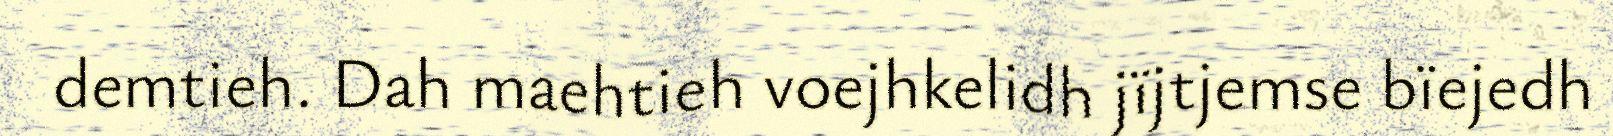
demtieh. Dah maehtieh voejhkelidh jïjtjemse bïejedh